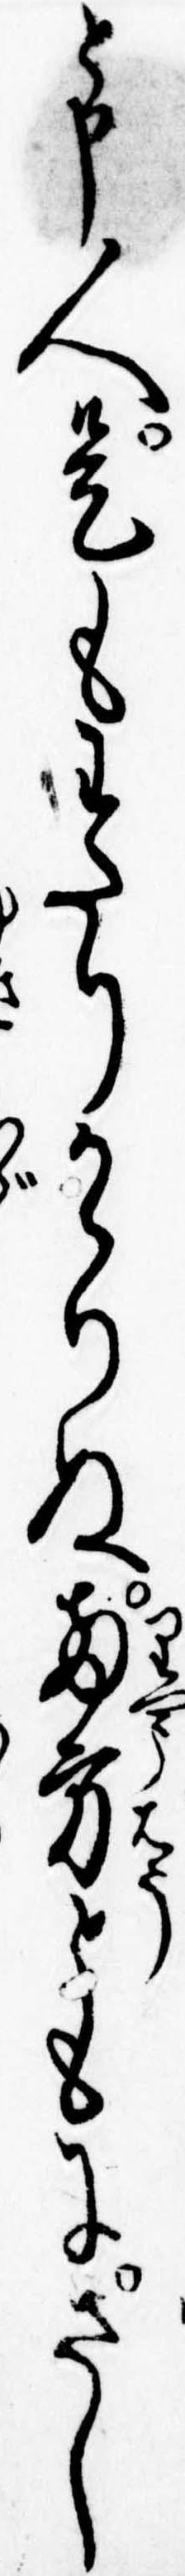
と申人是もわたりかゝりぬ両方ともにさし